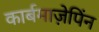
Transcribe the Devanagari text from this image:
कार्बमाज़ेपिंन